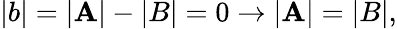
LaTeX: |b|=|\mathbf{A}|-|B|=0\rightarrow|\mathbf{A}|=|B|,